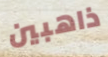
ذاهبين